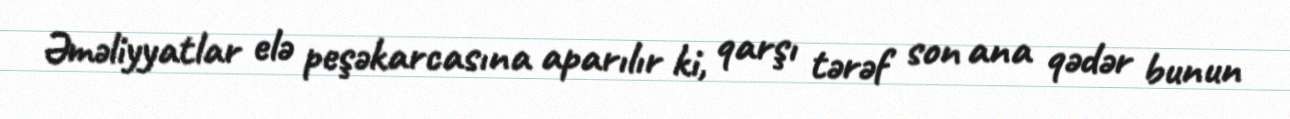
Əməliyyatlar elə peşəkarcasına aparılır ki, qarşı tərəf son ana qədər bunun